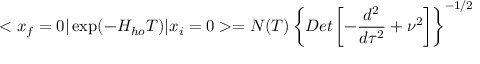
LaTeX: < x _ { f } = 0 \vert \exp ( - H _ { h o } T ) \vert x _ { i } = 0 > = N ( T ) \left\{ D e t \left[ - { \frac { d ^ { 2 } } { d \tau ^ { 2 } } } + \nu ^ { 2 } \right] \right\} ^ { - 1 / 2 }